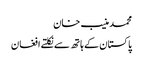
محمد منیب خان
پاکستان کے ہاتھ سے نکلتے افغان